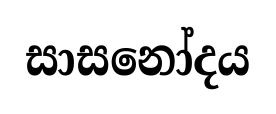
සාසනෝදය